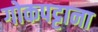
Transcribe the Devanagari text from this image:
गोकपट्टाना